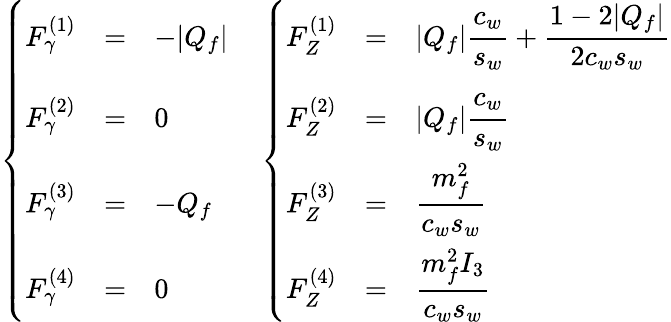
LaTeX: \left\{ \begin{array}{rcl}{{F_{\gamma}^{(1)}}}&{{=}}&{{-|Q_{f}|\vphantom{\displaystyle|Q_{f}|{\frac{\strut c_{w}}{s_{w}}}}}}\\ {{F_{\gamma}^{(2)}}}&{{=}}&{{0\vphantom{\displaystyle|Q_{f}|{\frac{\strut c_{w}}{s_{w}}}}}}\\ {{F_{\gamma}^{(3)}}}&{{=}}&{{-Q_{f}\vphantom{\displaystyle\frac{\strut m_{f}^{2}}{c_{w}s_{w}}}}}\\ {{F_{\gamma}^{(4)}}}&{{=}}&{{0\vphantom{\displaystyle\frac{\strut m_{f}^{2}I_{3}}{c_{w}s_{w}}}}}\end{array}\right.\quad\left\{ \begin{array}{rcl}{{F_{Z}^{(1)}}}&{{=}}&{{\displaystyle|Q_{f}|{\frac{\strut c_{w}}{s_{w}}}+\frac{1-2|Q_{f}|}{2c_{w}s_{w}}}}\\ {{F_{Z}^{(2)}}}&{{=}}&{{\displaystyle|Q_{f}|{\frac{\strut c_{w}}{s_{w}}}}}\\ {{F_{Z}^{(3)}}}&{{=}}&{{\displaystyle\frac{\strut m_{f}^{2}}{c_{w}s_{w}}}}\\ {{F_{Z}^{(4)}}}&{{=}}&{{\displaystyle\frac{\strut m_{f}^{2}I_{3}}{c_{w}s_{w}}}}\end{array}\right.